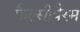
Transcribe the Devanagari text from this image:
फ़ैल्सीपैरम